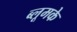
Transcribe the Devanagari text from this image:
ब्लूमके